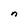
Character: n